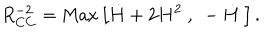
LaTeX: R _ { C C } ^ { - 2 } = \mathrm { M a x } \left[ \dot { H } + 2 H ^ { 2 } ~ , ~ - \dot { H } ~ \right] .